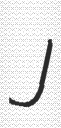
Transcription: J